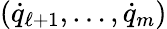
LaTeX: ({\dot{q}}_{\ell+1},\dots,{\dot{q}}_{m})